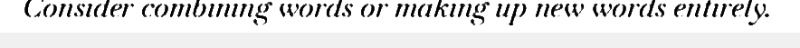
Consider combining words or making up new words entirely.